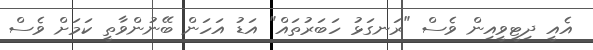
އެއީ ދިޓީވީއިން ވެސް "ރަނގަޅު ހަބަރުތައް" އަޑު އަހަން ބޭނުންވާތީ ކަމަށް ވެސް